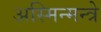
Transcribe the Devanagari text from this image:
अस्मिन्मन्त्रे